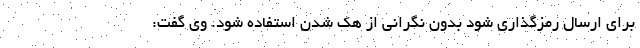
برای ارسال رمزگذاری شود بدون نگرانی از هک شدن استفاده شود. وی گفت: